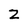
Character: Z